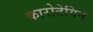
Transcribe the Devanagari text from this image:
कारोतेगिन